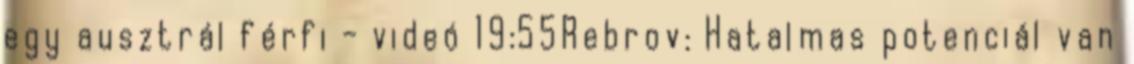
egy ausztrál férfi - videó 19:55Rebrov: Hatalmas potenciál van